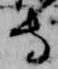
寺